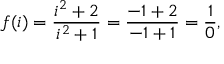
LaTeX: f ( i ) = { \frac { i ^ { 2 } + 2 } { i ^ { 2 } + 1 } } = { \frac { - 1 + 2 } { - 1 + 1 } } = { \frac { 1 } { 0 } } ,